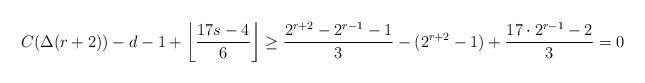
LaTeX: \begin{align*}C(\Delta(r+2))-d-1+\left\lfloor \frac{17s-4}{6} \right\rfloor \geq \frac{2^{r+2}-2^{r-1}-1}{3} - (2^{r+2}-1)+\frac{17 \cdot 2^{r-1} -2}{3}=0 \end{align*}